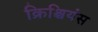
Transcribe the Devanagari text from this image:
क्रिश्चियंस